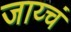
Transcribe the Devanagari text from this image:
जाय्चं